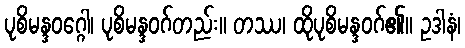
ပုစိမန္ဒဝဂ္ဂေါ၊ ပုစိမန္ဒဝဂ်တည်း။ တဿ၊ ထိုပုစိမန္ဒဝဂ်၏။ ဥဒါနံ၊